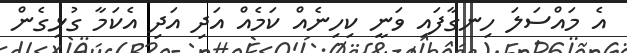
އެ މައްސަލަ ހިނގާފައި ވަނީ ކިހިނެއް ކަމެއް އަދި އަދި އެކަމާ ގުޅިގެން